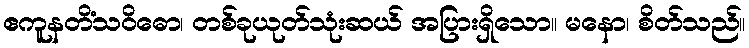
ဧကူနတိံသဝိဓော၊ တစ်ခုယုတ်သုံးဆယ် အပြားရှိသော။ မနော၊ စိတ်သည်။